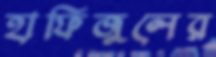
হাফিজুলের